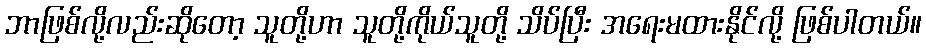
ဘာဖြစ်လို့လည်းဆိုတော့ သူတို့ဟာ သူတို့ကိုယ်သူတို့ သိပ်ပြီး အရေးမထားနိုင်လို့ ဖြစ်ပါတယ်။